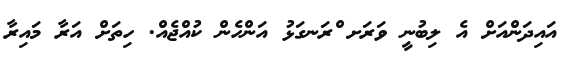
އައިދަންއަށް އެ ލިބުނީ ވަރަށ ްރަނގަޅު އަންހެން ކުއްޖެއް. ހިތަށް އަރާ މައިރާ